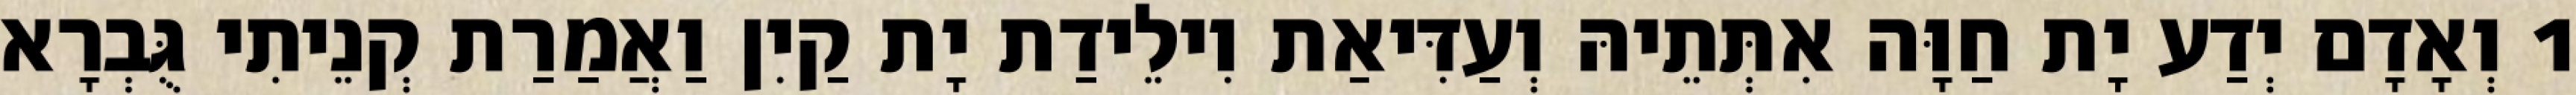
1 וְאָדָם יְדַע יָת חַוָּה אִתְּתֵיהּ וְעַדִּיאַת וִילֵידַת יָת קַיִן וַאֲמַרַת קְנֵיתִי גֻּבְרָא